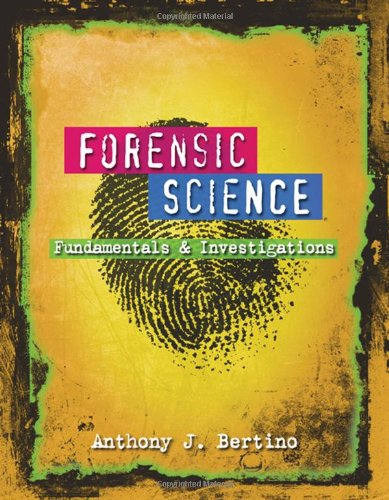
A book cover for Forensic Science: Fundamentals and Investigations; Anthony J. Bertino; Law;